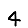
Digit: 4